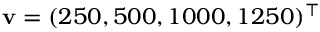
\mathbf { v } = ( 2 5 0 , 5 0 0 , 1 0 0 0 , 1 2 5 0 ) ^ { \top }